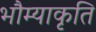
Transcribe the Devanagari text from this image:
भौम्याकृति